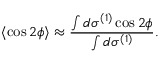
\langle \cos 2 \phi \rangle \approx \frac { \int d \sigma ^ { ( 1 ) } \cos 2 \phi } { \int d \sigma ^ { ( 1 ) } } .